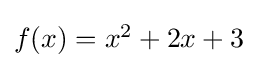
{\textstyle f(x)=x^{2}+2x+3}